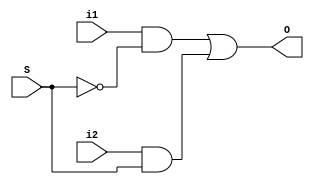
module mux_2x1(
	output O,
	input i1, i2,
	input S
);

	assign O = (i1 && !S) || (i2 && S);
endmodule